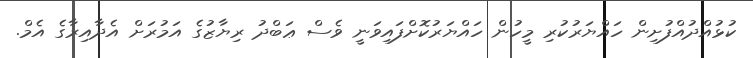
ކުޅުއްދުއްފުށިން ހައްޔަރުކުރި މީހުން ހައްޔަރުކޮށްފައިވަނީ ވެސް ޢަބްދު ރިޔާޒުގެ އަމުރަށް އެދާއިރާގެ އެމް.